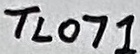
Text: TL071